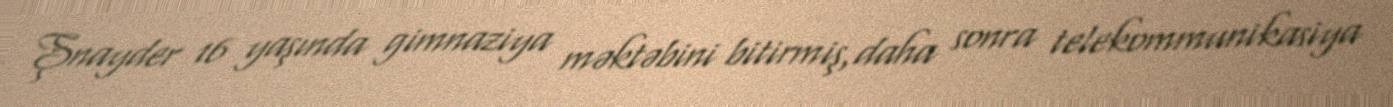
Şnayder 16 yaşında gimnaziya məktəbini bitirmiş,daha sonra telekommunikasiya